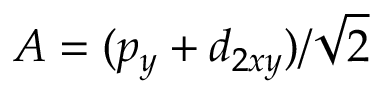
A = ( p _ { y } + d _ { 2 x y } ) / \sqrt { 2 }